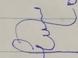
Signature authenticity: forged